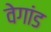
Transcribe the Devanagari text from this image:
वेगांड